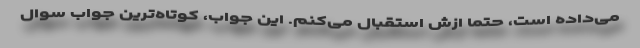
می‌داده است، حتما ازش استقبال می‌کنم. این جواب، کوتاه‌ترین جواب سوال